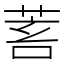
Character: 𦯾